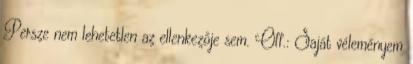
Persze nem lehetetlen az ellenkezője sem. Off.: Saját véleményem